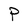
Character: P